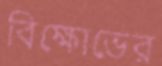
বিক্ষোভের